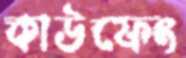
কাউফেং